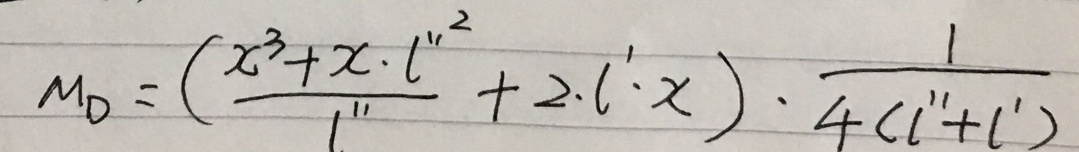
\[ M_D = \left(\frac{x^{3}+x\cdot l^{\prime 2}}{l^{\prime\prime}} + 2\cdot l^{\prime}\cdot x\right)\cdot\frac{1}{4(l^{\prime\prime}+l^{\prime})} \]